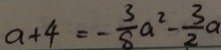
a + 4 = - \frac { 3 } { 8 } a ^ { 2 } - \frac { 3 } { 2 } a